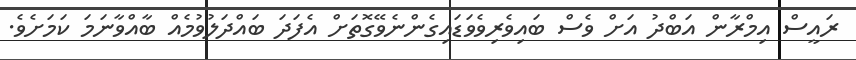
ރައީސް އިމްރާން އަބްދު އަށް ވެސް ބައިވެރިވެވަޑައިގެންނެވޭގޮތަށް އެފަދަ ބައްދަލުވުމެއް ބާއްވާނަމަ ކަމަށެވެ.